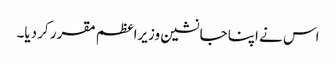
اس نے اپنا جانشین وزیراعظم مقرر کر دیا۔